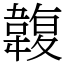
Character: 䪖